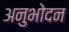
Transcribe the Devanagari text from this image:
अनुभोदन